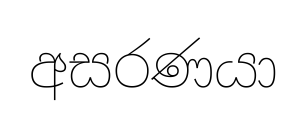
අසරණයා